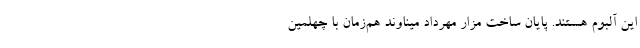
این آلبوم هستند. پایان ساخت مزار مهرداد میناوند هم‌زمان با چهلمین